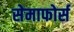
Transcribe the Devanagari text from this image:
सेमाफोर्स